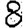
Digit: 8